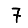
Digit: 7